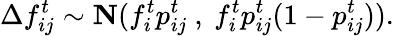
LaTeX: \Delta f_{ij}^{t}\sim\textbf{N}(f_{i}^{t}{p}_{ij}^{t}\ ,\ f_{i}^{t}{p}_{ij}^{t}(1-{p}_{ij}^{t})).